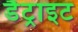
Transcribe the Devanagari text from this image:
डैट्राइट